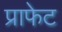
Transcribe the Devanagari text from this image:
प्राफेट